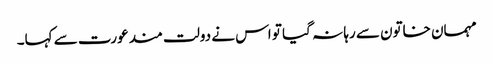
مہمان خاتون سے رہا نہ گیا تو اس نے دولت مند عورت سے کہا۔